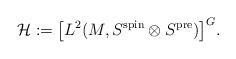
LaTeX: \begin{align*}\mathcal{H}:= \big[L^{2}(M, S^{\mathrm{spin}}\otimes S^{\mathrm{pre}})\big]^{G}. \end{align*}